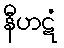
နီဟဋံ